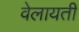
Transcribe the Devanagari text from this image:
वेलायती